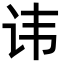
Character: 讳